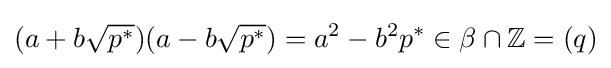
(a+b{\sqrt {p^{*}}})(a-b{\sqrt {p^{*}}})=a^{2}-b^{2}p^{*}\in \beta \cap \mathbb {Z} =(q)